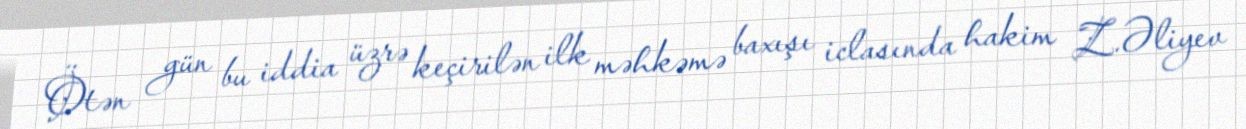
Ötən gün bu iddia üzrə keçirilən ilk məhkəmə baxışı iclasında hakim Z.Əliyev